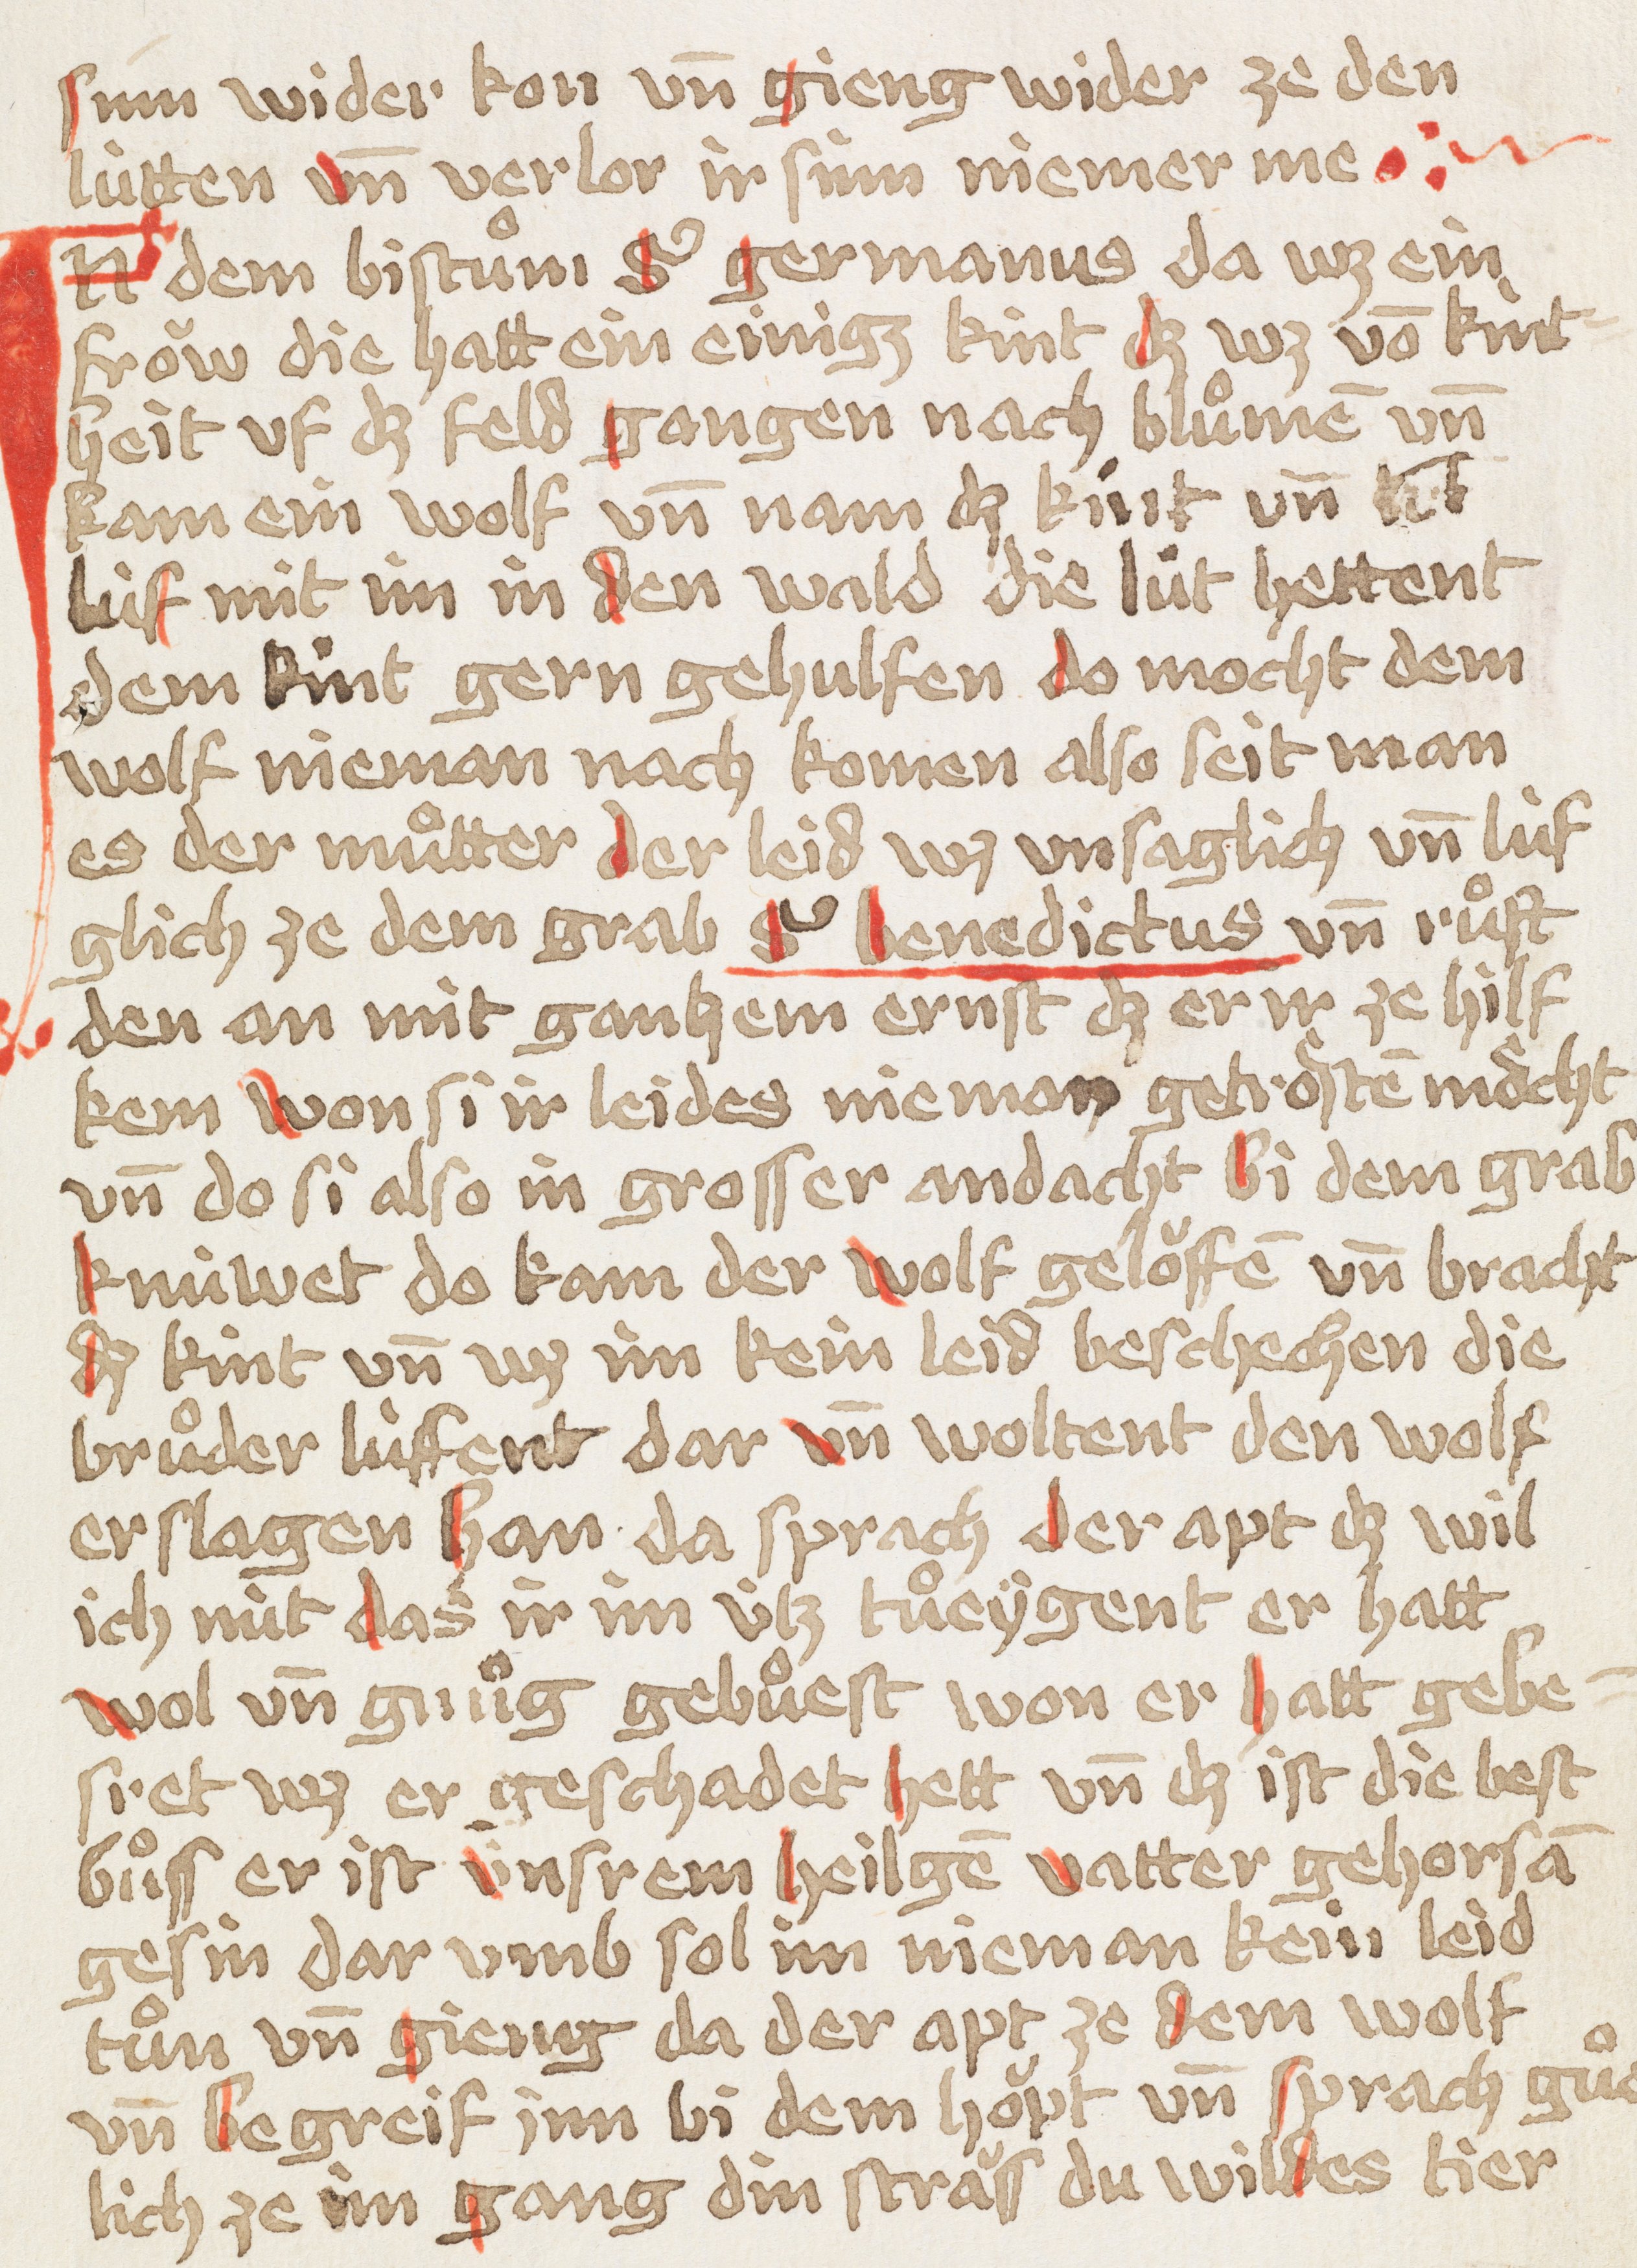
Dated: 1449–1449